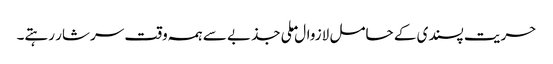
حریت پسندی کے حامل لازوال ملی جذبے سے ہمہ وقت سرشار رہتے۔